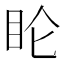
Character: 𬑆